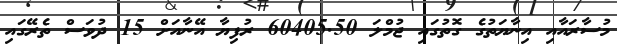
މުސާރައާއި އިނާޔަތުގެ ގޮތުގައި ޖުމްލަ 60405.50 ރުފިޔާ އޭނާއަށް 15 ދުވަސް ތެރޭގައި